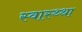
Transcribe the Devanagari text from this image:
स्वास्थ्था